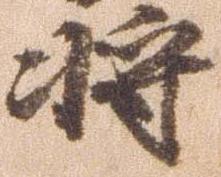
将